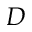
D